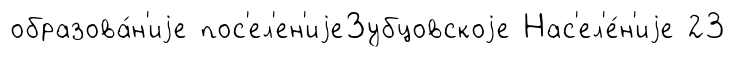
образова́н'иjе пос'ел'ен'иjеЗубцовскоjе Нас'ел'е́н'иjе 23